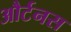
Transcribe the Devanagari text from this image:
और्टनस